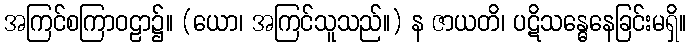
အကြင်စကြာဝဠာ၌။ (ယော၊ အကြင်သူသည်။) န ဇာယတိ၊ ပဋိသန္ဓေနေခြင်းမရှိ။